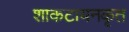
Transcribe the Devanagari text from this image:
शाकटायनकृत